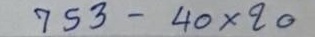
753 - 40 x 20